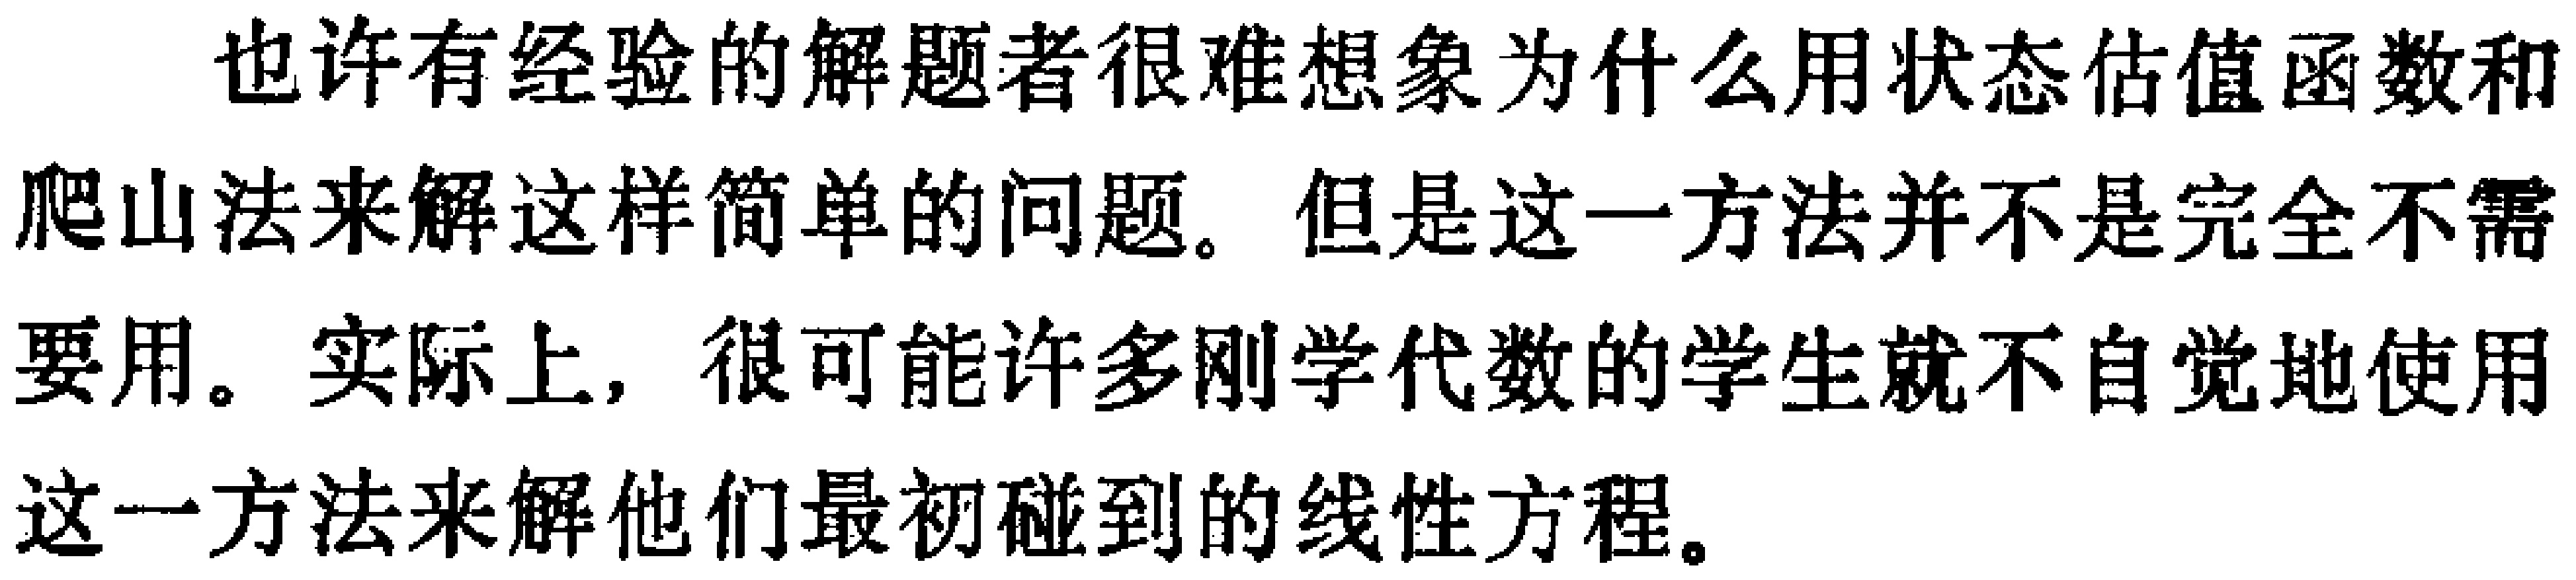
也许有经验的解题者很难想象为什么用状态估值函数和爬山法来解这样简单的问题。但是这一方法并不是完全不需要用。实际上，很可能许多刚学代数的学生就不自觉地使用这一方法来解他们最初碰到的线性方程。